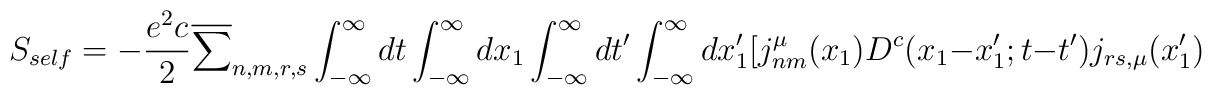
S_{self} = -\frac{e^2c}{2} \overline{\sum}_{n,m,r,s}\int_{-\infty}^{\infty} dt \int_{-\infty}^{\infty} dx_1\int_{-\infty}^{\infty} dt^{\prime} \int_{-\infty}^{\infty} dx_1^{\prime}[ j_{nm}^{\mu}(x_1) D^c(x_1-x_1^{\prime};t-t^{\prime})j_{rs,{\mu}}(x_1^{\prime})